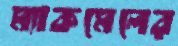
ম্যাকমেলের